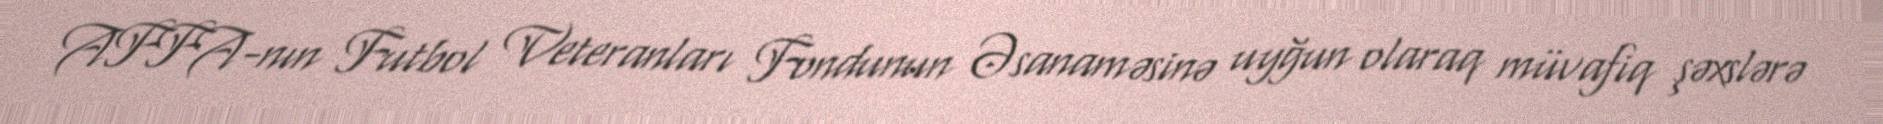
AFFA-nın Futbol Veteranları Fondunun Əsanaməsinə uyğun olaraq müvafiq şəxslərə